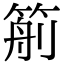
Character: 𥮙